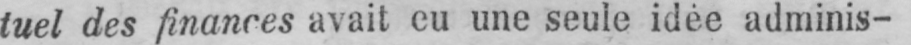
tuel des finances avait eu une seule idée adminis-